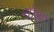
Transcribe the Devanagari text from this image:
नोशा